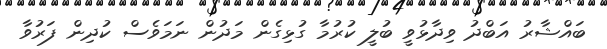
ބައްޝާރު އަބްދު ވިދާޅުވީ ބުލީ ކުރުމާ ގުޅިގެން މަދުން ނަމަވެސް ކުދިން ފަރުވާ